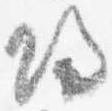
帰